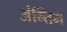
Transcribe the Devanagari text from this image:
अंन्तिम